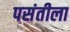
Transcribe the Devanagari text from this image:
पसंतीला